Annual vaccination report of Bihar and Orissa - 1911-1928
Year: 1911
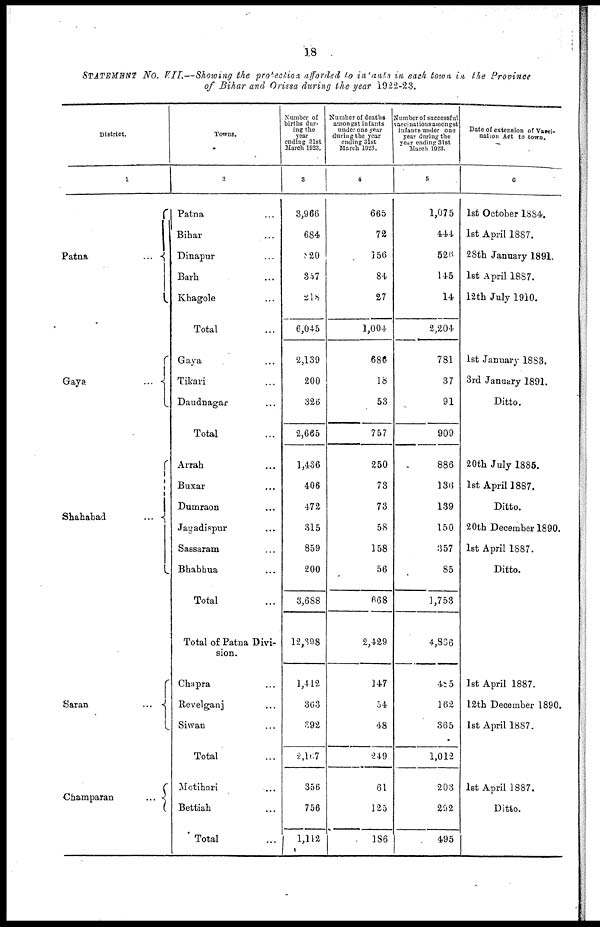
18
STATEMENT No. VII.—Showing the protection afforded to in ants in each town in the Province
of Bihar and Orissa during the year 1922-23.
District.
1
Patna
...
Gaya
...
Shahabad
...
Saran
...
Champaran
...
Towns.
2
Patna ...
Bihar
...
Dinapur ...
Barh ...
Khagole ...
Total ...
Gaya ...
Tikari ...
Daudnagar ...
Total ...
Arrah ...
Buxar ...
Dumraon ...
Jagadispur ...
Sassaram ...
Bhabhua ...
Total ...
Total of Patna Divi-
sion.
Chapra ...
Revelganj ...
Siwan ...
Total ...
Motihari ...
Bettiah ...
Total ...
Number of
births dur-
ing the
year
ending 31st
March 1923.
3
3,966
684
820
357
218
6,045
2,139
200
326
2,665
1,436
406
472
315
859
200
3,688
12,398
1,412
363
392
2,167
356
756
1,112
Number of deaths
amongst infants
under one year
during the year
ending 31st
March 1923.
4
665
72
156
84
27
1,004
686
18
53
757
250
73
73
58
158
56
668
2,429
147
54
48
249
61
125
186
Number of successful
vaccinations amongst
infants under one
year during the
year ending 31st
March 1923.
5
1,075
444
526
145
14
2,204
781
37
91
909
886
136
139
150
357
85
1,753
4,866
485
162
365
1,012
203
292
495
Date of extension of Vacci-
nation Act to town.
6
1st October 1884.
1st April 1887.
28th January 1891.
1st April 1887.
12th July 1910.
1st January 1883.
3rd January 1891.
Ditto.
20th July 1885.
1st April 1887.
Ditto.
20th December 1890.
1st April 1887.
Ditto.
1st April 1887.
12th December 1890.
1st April 1887.
1st April 1887.
Ditto.